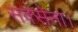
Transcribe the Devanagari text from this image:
सक्सेना।